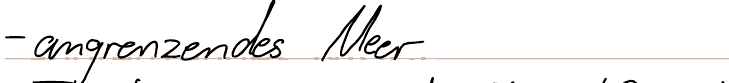
- angrenzendes Meer